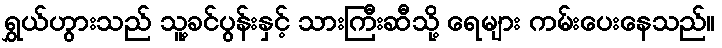
ရွှယ်ဟွားသည် သူ့ခင်ပွန်းနှင့် သားကြီးဆီသို့ ရေများ ကမ်းပေးနေသည်။